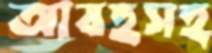
আবহসহ